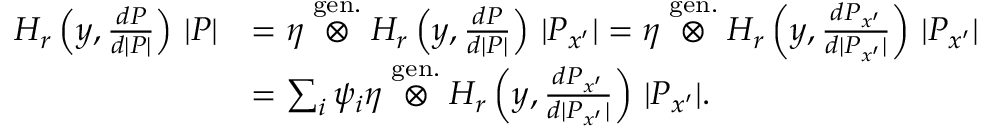
\begin{array} { r l } { H _ { r } \left( y , \frac { d P } { d | P | } \right) \, | P | } & { = \eta \stackrel { \mathrm { g e n . } } { \otimes } H _ { r } \left( y , \frac { d P } { d | P | } \right) \, | P _ { x ^ { \prime } } | = \eta \stackrel { \mathrm { g e n . } } { \otimes } H _ { r } \left( y , \frac { d P _ { x ^ { \prime } } } { d | P _ { x ^ { \prime } } | } \right) \, | P _ { x ^ { \prime } } | } \\ & { = \sum _ { i } \psi _ { i } \eta \stackrel { \mathrm { g e n . } } { \otimes } H _ { r } \left( y , \frac { d P _ { x ^ { \prime } } } { d | P _ { x ^ { \prime } } | } \right) \, | P _ { x ^ { \prime } } | . } \end{array}